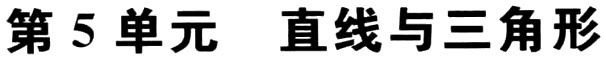
第 5 单元  直线与三角形